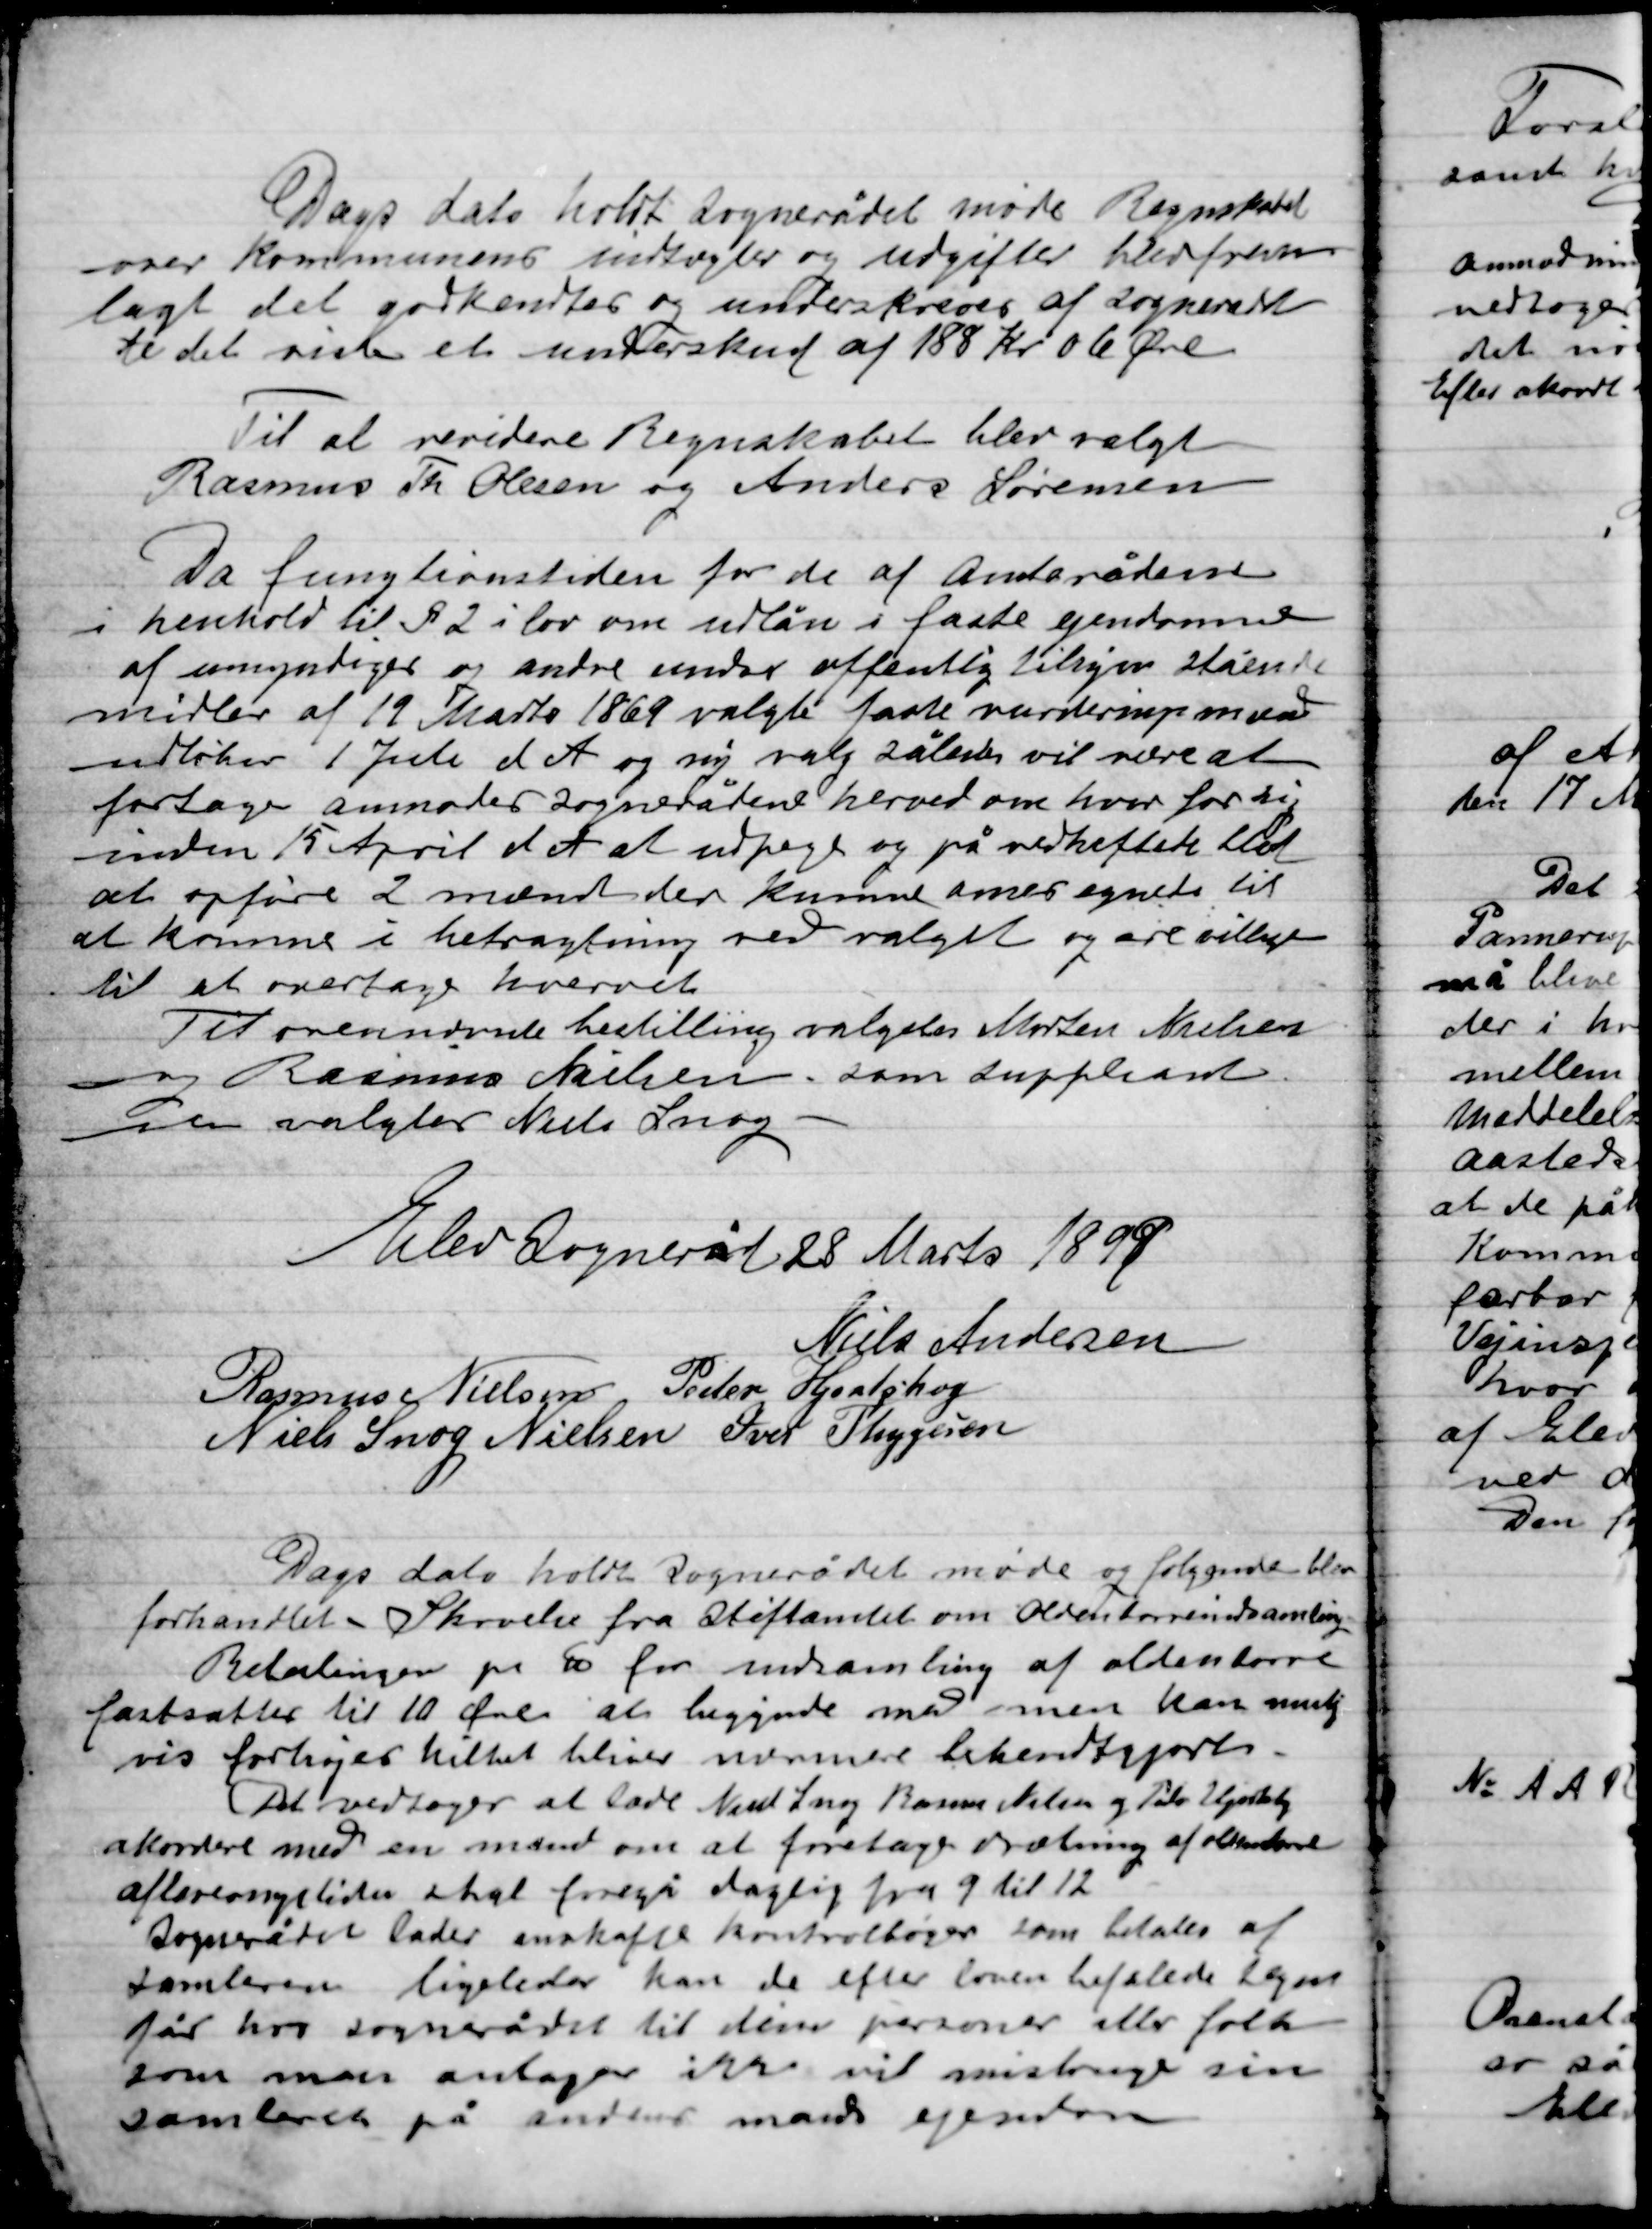
Transskription:
Dags dato holdt Sognerådet møde Regnskabet
over Kommunens indtægter og udgifter blev frem-
lagt det godkendes og underskrives af  Sognerådet
ti det viste et underskud af 188 Kr. 06 Øre

Til at revidere Regentskabet blev valgt
Rasmus Th. Olesen og Anders Sørensen.
Da fungtionstiden for de af Amtsrådene
i henhold til § 2 i loven om udlån i faste ejendomme
af umyndige og andre under offentlig tilsyn stående
midler af 19 Marts 1869 valgte faste vurderingsmænd
udløber 1 Juli d A og ny valg således vil være at
foretage anmoder Sognerådene herved om hver for sig
inden 15 April d A at udpege og på vedheftet sted
at opføre 2 mænd der kunne være egnet til
at komme i betragtning ved valget og ere villige
til at overtage hvervet
Til ovennævnte bestilling valgtes Morten Nielsen
og Rasmus Nielsen som suppleant
til valgtes Niels Snog. –

Elev Sogneråd 28 Marts 1899

Niels Andersen
Rasmus Nielsen
Peder Hjortshøj
Niels Snog Nielsen
Ivar Thygesen

Dags dato holdt Sognerådet møde og følgende blev
forhandlet. Skrivelse fra Stiftsamtet om Oldenborreindsamling
Betalingen pr Do for indsamling af oldenborrer
fastsættes til 10 Øre at begynde med men kan mulig-
vis forhøjes hvilket bliver nærmere bekendtgjort.
Det vedtoges at lade Niels Snog, Rasmus Nielsen og Peder Hjortshøj
akkordere med en mand om at foretage ordning af oldenborre
afleveringstiden skal foregå daglig fra 9 til 12.
Sognerådet lader anskaffe kontrolbøger som betales af
Samlerne ligeledes kan de efter loven befalede syn
fås hos Sognerådet til din personer eller folk
som man antager ikke vil misbruge sin
samlerens på andres mands ejendom